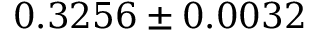
0 . 3 2 5 6 \pm 0 . 0 0 3 2